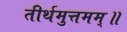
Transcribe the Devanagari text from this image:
तीर्थमुत्तमम्‌॥